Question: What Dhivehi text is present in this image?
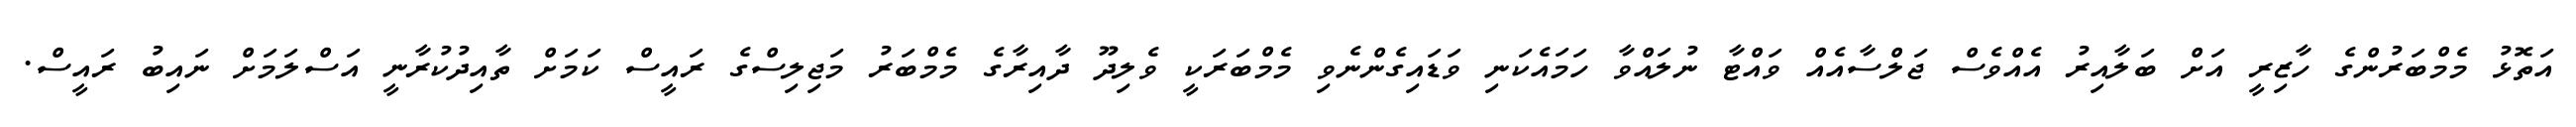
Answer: އަތޮޅު މެމްބަރުންގެ ހާޒިރީ އަށް ބަލާއިރު އެއްވެސް ޖަލްސާއެއް ވައްޓާ ނުލައްވާ ހަމައެކަނި ވަޑައިގެންނެވި މެމްބަރަކީ ވެލިދޫ ދާއިރާގެ މެމްބަރު މަޖިލިސްގެ ރައީސް ކަމަށް ތާއިދުކުރާނީ އަސްލަމަށް ނައިބު ރައީސް.